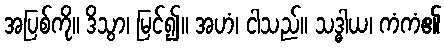
အပြစ်ကို။ ဒိသွာ၊ မြင်၍။ အဟံ၊ ငါသည်။ သဒ္ဓါယ၊ ကံကံ၏